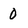
Character: 0